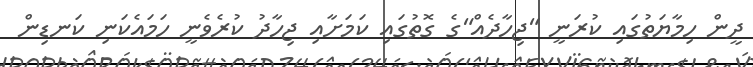
ދީން ހިމާޔަތުގައި ކުރަނީ "ޖިހާދެއް"ގެ ގޮތުގައި ކަމަށާއި ޖިހާދު ކުރެވެނީ ހަމައެކަނި ކަނޑިން